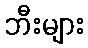
ဘီးများ